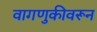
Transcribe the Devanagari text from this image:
वागणुकीवरून